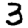
Digit: 3